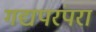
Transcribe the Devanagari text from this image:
गद्यपरंपरा